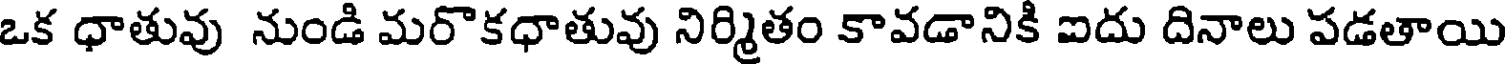
ఒక ధాతువు నుండి మరొకధాతువు నిర్మితం కావడానికి ఐదు దినాలు పడతాయి